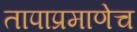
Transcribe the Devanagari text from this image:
तापाप्रमाणेच